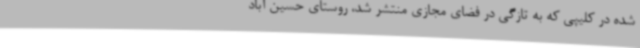
شده در کلیپی که به تازگی در فضای مجازی منتشر شد، روستای حسین آباد